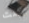
كنت